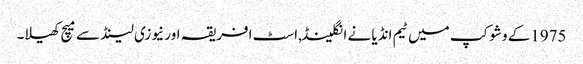
1975کے وشوکپ میں ٹیم انڈیا نے انگلینڈ,اسٹ افریقہ اور نیوزی لینڈ سے میچ کھیلا۔